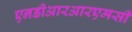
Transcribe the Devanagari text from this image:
एनडीआरआरएमसी